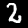
Label: 2